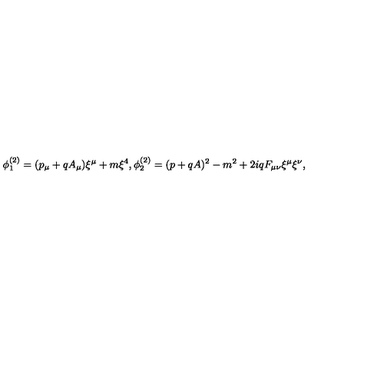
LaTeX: \phi _ { 1 } ^ { ( 2 ) } = ( p _ { \mu } + q A _ { \mu } ) \xi ^ { \mu } + m \xi ^ { 4 } , \phi _ { 2 } ^ { ( 2 ) } = ( p + q A ) ^ { 2 } - m ^ { 2 } + 2 i q F _ { \mu \nu } \xi ^ { \mu } \xi ^ { \nu } ,